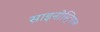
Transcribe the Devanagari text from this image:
साइनोस्ट्रियल